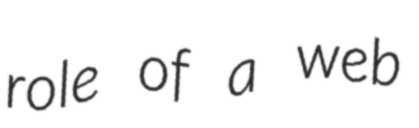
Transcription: role of a web